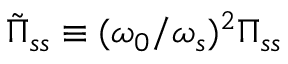
\tilde { \Pi } _ { s s } \equiv ( \omega _ { 0 } / \omega _ { s } ) ^ { 2 } \Pi _ { s s }